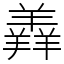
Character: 羴